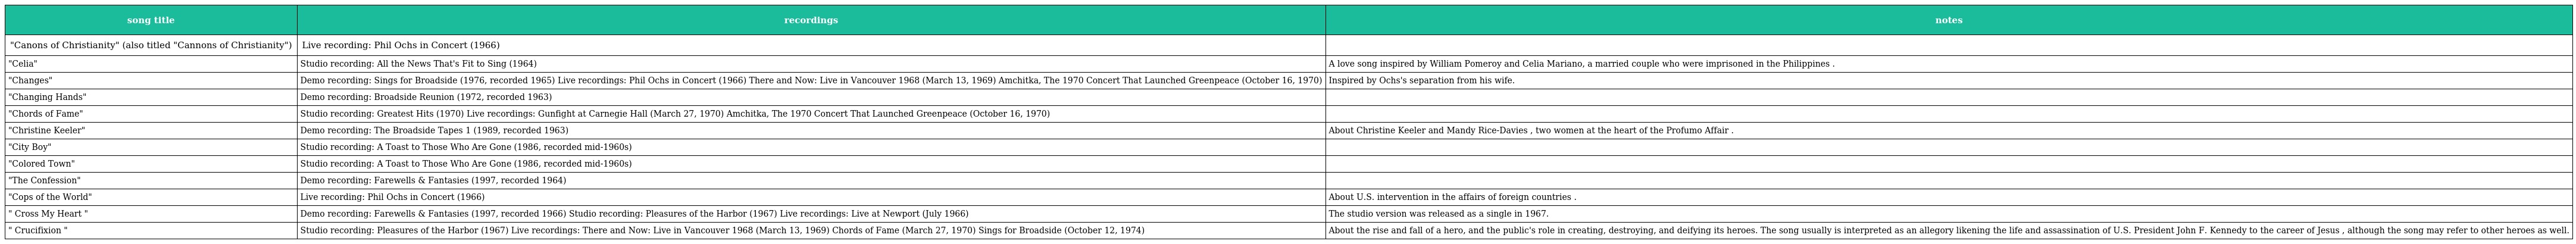
| song title | recordings | notes |
 | --- | --- | --- |
 | "Canons of Christianity" (also titled "Cannons of Christianity") | Live recording: Phil Ochs in Concert (1966) |  |
 | "Celia" | Studio recording: All the News That's Fit to Sing (1964) | A love song inspired by William Pomeroy and Celia Mariano, a married couple who were imprisoned in the Philippines . |
 | "Changes" | Demo recording: Sings for Broadside (1976, recorded 1965) Live recordings: Phil Ochs in Concert (1966) There and Now: Live in Vancouver 1968 (March 13, 1969) Amchitka, The 1970 Concert That Launched Greenpeace (October 16, 1970) | Inspired by Ochs's separation from his wife. |
 | "Changing Hands" | Demo recording: Broadside Reunion (1972, recorded 1963) |  |
 | "Chords of Fame" | Studio recording: Greatest Hits (1970) Live recordings: Gunfight at Carnegie Hall (March 27, 1970) Amchitka, The 1970 Concert That Launched Greenpeace (October 16, 1970) |  |
 | "Christine Keeler" | Demo recording: The Broadside Tapes 1 (1989, recorded 1963) | About Christine Keeler and Mandy Rice-Davies , two women at the heart of the Profumo Affair . |
 | "City Boy" | Studio recording: A Toast to Those Who Are Gone (1986, recorded mid-1960s) |  |
 | "Colored Town" | Studio recording: A Toast to Those Who Are Gone (1986, recorded mid-1960s) |  |
 | "The Confession" | Demo recording: Farewells & Fantasies (1997, recorded 1964) |  |
 | "Cops of the World" | Live recording: Phil Ochs in Concert (1966) | About U.S. intervention in the affairs of foreign countries . |
 | " Cross My Heart " | Demo recording: Farewells & Fantasies (1997, recorded 1966) Studio recording: Pleasures of the Harbor (1967) Live recordings: Live at Newport (July 1966) | The studio version was released as a single in 1967. |
 | " Crucifixion " | Studio recording: Pleasures of the Harbor (1967) Live recordings: There and Now: Live in Vancouver 1968 (March 13, 1969) Chords of Fame (March 27, 1970) Sings for Broadside (October 12, 1974) | About the rise and fall of a hero, and the public's role in creating, destroying, and deifying its heroes. The song usually is interpreted as an allegory likening the life and assassination of U.S. President John F. Kennedy to the career of Jesus , although the song may refer to other heroes as well. |